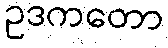
ဥဒကတော